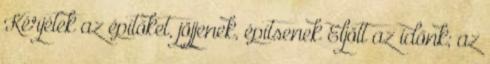
Kérjétek az építőket, jöjjenek, építsenek Eljött az időnk; az